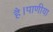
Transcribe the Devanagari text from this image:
है।पाणीया